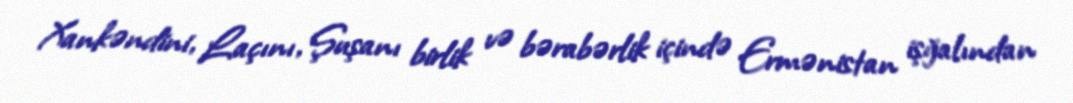
Xankəndini, Laçını, Şuşanı birlik və bərabərlik içində Ermənistan işğalından